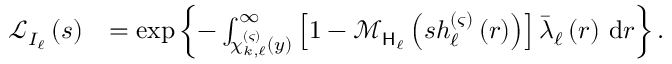
\begin{array} { r l } { \mathcal { L } _ { I _ { \ell } } \left( s \right) } & { = \exp \left\{ - \int _ { \chi _ { k , \ell } ^ { \left( \varsigma \right) } \left( y \right) } ^ { \infty } { \left[ 1 - \mathcal { M } _ { \mathsf { H } _ { \ell } } \left( s h _ { \ell } ^ { \left( \varsigma \right) } \left( r \right) \right) \right] \bar { \lambda } _ { \ell } \left( r \right) \, \mathrm { d } r } \right\} . } \end{array}